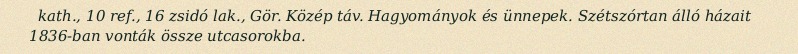
kath., 10 ref., 16 zsidó lak., Gör. Közép táv. Hagyományok és ünnepek. Szétszórtan álló házait 1836-ban vonták össze utcasorokba.